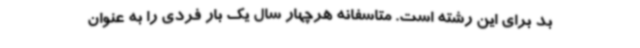
بد برای این رشته است. متاسفانه هرچهار سال یک بار فردی را به عنوان